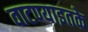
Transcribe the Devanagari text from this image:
वाटण्याइतके